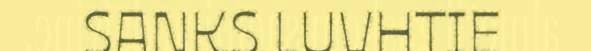
SANKS LUVHTIE